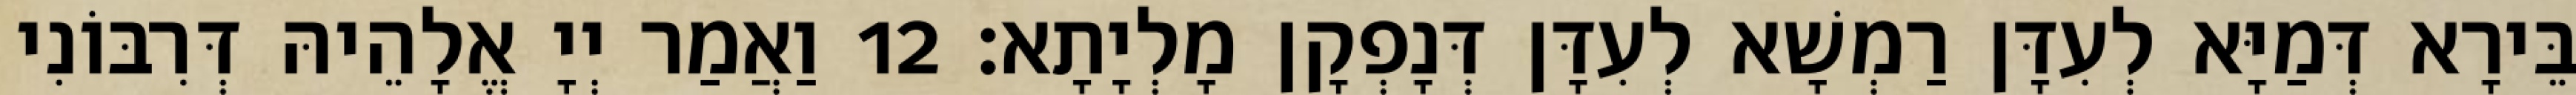
בֵּירָא דְּמַיָּא לְעִדָּן רַמְשָׁא לְעִדָּן דְּנָפְקָן מָלְיָתָא׃ 12 וַאֲמַר יְיָ אֱלָהֵיהּ דְּרִבּוֹנִי